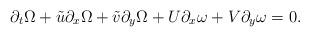
LaTeX: \begin{align*} \partial_{t}\Omega +\tilde u\partial_{x}\Omega +\tilde v\partial_{y}\Omega +U\partial_{x}\omega +V\partial_{y}\omega =0 . \end{align*}